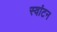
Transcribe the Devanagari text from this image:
स्वांटन